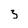
Character: 3